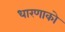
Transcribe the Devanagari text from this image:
धारणाको